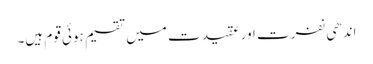
اندھی نفرت اور عقیدت میں تقسیم ہوئی قوم ہیں۔